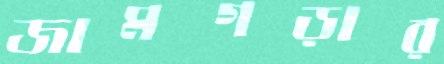
জামগড়ার